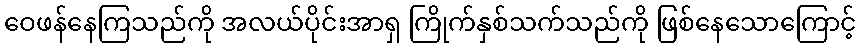
ဝေဖန်နေကြသည်ကို အလယ်ပိုင်းအာရှ ကြိုက်နှစ်သက်သည်ကို ဖြစ်နေသောကြောင့်